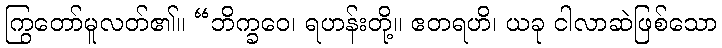
ကြွတော်မူလတ်၏။ “ဘိက္ခဝေ၊ ရဟန်းတို့။ ဧတရဟိ၊ ယခု ငါလာဆဲဖြစ်သော